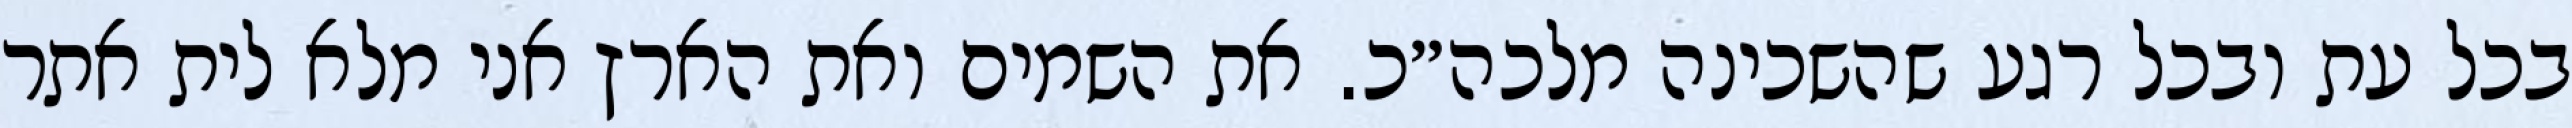
בכל עת ובכל רגע שהשכינה מלכה״כ. את השמים ואת הארץ אני מלא לית אתר